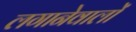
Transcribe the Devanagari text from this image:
लगानेवालों